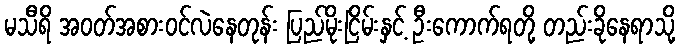
မသီရိ အဝတ်အစားဝင်လဲနေတုန်း ပြည်မိုးငြိမ်းနှင့် ဦးကောက်ရတို့ တည်းခိုနေရာသို့